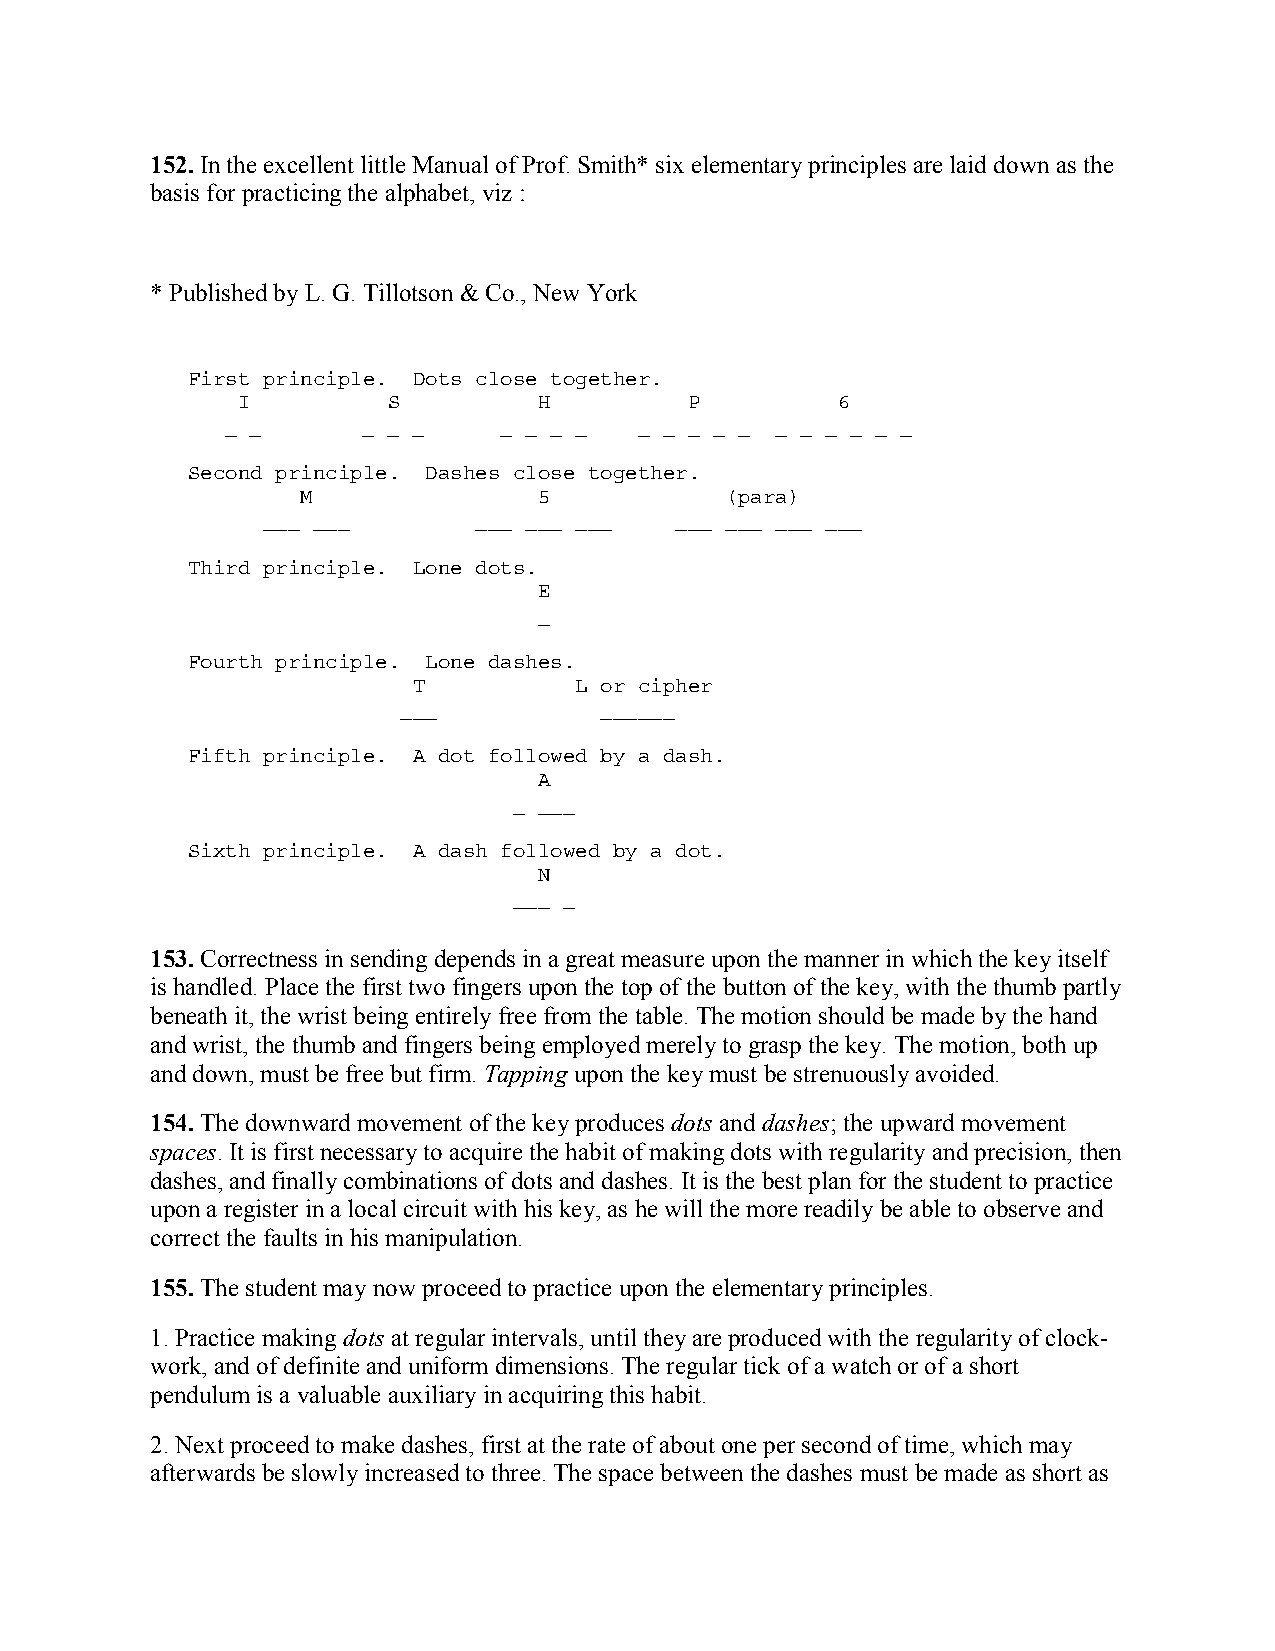
152. In the excellent little Manual of Prof. Smith* six elementary principles are laid down as the
 basis for practicing the alphabet, viz :
 * Published by L. G. Tillotson & Co., New York
 First principle. Dots close together.
 I         S         H         P        6
 _ _      _ _ _    _ _ _ _  _ _ _ _ _ _ _ _ _ _ _
 Second principle. Dashes close together.
 M               5           (para)
 ___ ___       ___ ___ ___   ___ ___ ___ ___
 Third principle. Lone dots.
 E
 _
 Fourth principle. Lone dashes.
 T          L or cipher
 ___           ______
 Fifth principle. A dot followed by a dash.
 A
 _ ___
 Sixth principle. A dash followed by a dot.
 N
 ___ _
 153. Correctness in sending depends in a great measure upon the manner in which the key itself
 is handled. Place the first two fingers upon the top of the button of the key, with the thumb partly
 beneath it, the wrist being entirely free from the table. The motion should be made by the hand
 and wrist, the thumb and fingers being employed merely to grasp the key. The motion, both up
 and down, must be free but firm. Tapping upon the key must be strenuously avoided.
 154. The downward movement of the key produces dots and dashes; the upward movement
 spaces. It is first necessary to acquire the habit of making dots with regularity and precision, then
 dashes, and finally combinations of dots and dashes. It is the best plan for the student to practice
 upon a register in a local circuit with his key, as he will the more readily be able to observe and
 correct the faults in his manipulation.
 155. The student may now proceed to practice upon the elementary principles.
 1. Practice making dots at regular intervals, until they are produced with the regularity of clock-
 work, and of definite and uniform dimensions. The regular tick of a watch or of a short
 pendulum is a valuable auxiliary in acquiring this habit.
 2. Next proceed to make dashes, first at the rate of about one per second of time, which may
 afterwards be slowly increased to three. The space between the dashes must be made as short as